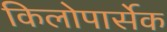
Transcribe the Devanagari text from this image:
किलोपार्सेक